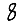
Digit: 8